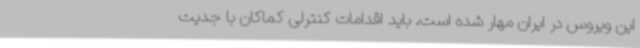
این ویروس در ایران مهار شده است، باید اقدامات کنترلی کماکان با جدیت